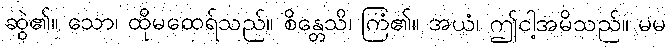
ဆွဲ၏။ သော၊ ထိုမထေရ်သည်။ စိန္တေသိ၊ ကြံ၏။ အယံ၊ ဤငါ့အမိသည်။ မမ